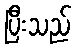
ပြီးသည်